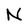
Character: N